Indian Medical Review
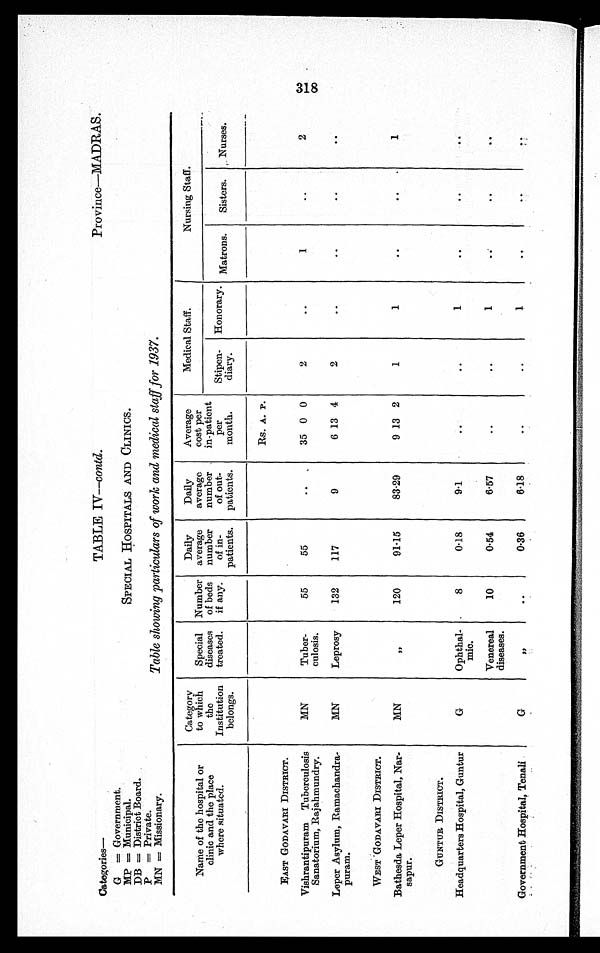
Categories—
TABLE IV—contd.
Province—MADRAS.
G = Government.
SPECIAL HOSPITALS AND CLINICS.
MP = Municipal.
DB = District Board.
Table showing particulars of work and medical staff for 1937.
P = Private.
MN = Missionary.
Name of the hospital or
clinic and the place
where situated.
Category
to which
the
Institution
belongs.
Special
diseases
treated.
Number
of beds
if any.
Daily
average
number
of in-
patients.
Daily
average
number
of out-
patients.
Average
cost per
in-patient
per
month.
Medical Staff.
Nursing Staff.
Stipen-
diary.
Honorary. Matrons.
Sisters.
Nurses.
Rs. A. P.
EAST GODAVARI DISTRICT.
Vishrantipuram Tuberculosis
Sanatorium, Rajahmundry.
MN
Tuber-
culosis.
55
55
. .
35 0 0
2
. .
1
..
2
Leper Asylum, Ramachandra
puram.
MN
Leprosy
132
117
9
6 13 4
2
..
..
..
..
WEST GODAVARI DISTRICT.
Bathesda Leper Hospital, Nar
sapur.
MN
, ,
120
91·15
83·29
9 13 2
1
1
..
..
1
GUNTUR DISTRICT.
Headquarters Hospital, Guntur
G
Ophthal
mic.
8
0·18
9·1
..
..
1
..
..
..
Venereal
diseases.
10
0·54
6·57
..
..
1
..
..
..
Government Hospital, Tenali
G
,,
..
0·36
6·18
..
..
1
..
..
..
318